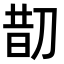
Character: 𠝖